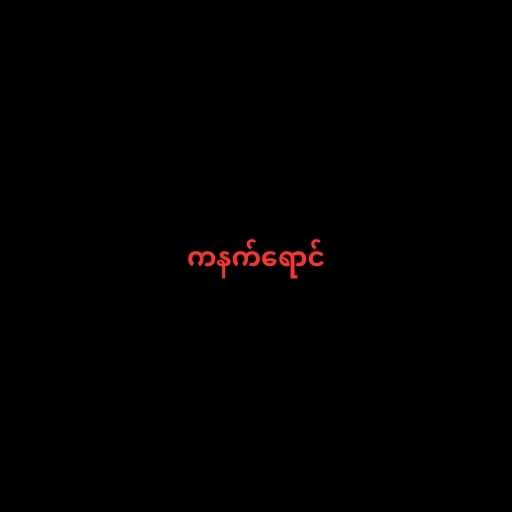
ကနက်ရောင်